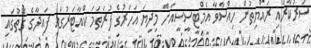
ސަރުކާރާއި ރައްޔިތުން ހިއްސާވާ އެމްޓީސީސީއަށް މިދިޔަ އަހަރުގެ ފުރަތަމަ ކްއާޓަރުގައި ފައިދާގެ ގޮތުގައި